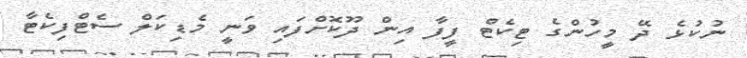
ނުކުޅެ ދޭ މީހުންގެ ޓިކެޓް ފީފާ އިން ދޫކޮށްފައި ވަނީ މެޑިކަލް ސެޓްފިކެޓާ